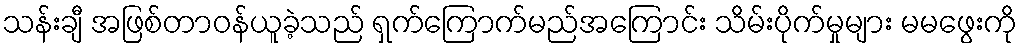
သန်းချီ အဖြစ်တာဝန်ယူခဲ့သည် ရှက်ကြောက်မည်အကြောင်း သိမ်းပိုက်မှုများ မမဖွေးကို